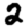
Digit: 2